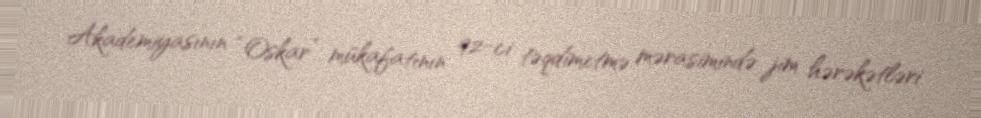
Akademiyasının “Oskar” mükafatının 92-ci təqdimetmə mərasimində jim hərəkətləri